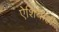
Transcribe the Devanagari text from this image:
ऐशियाही